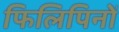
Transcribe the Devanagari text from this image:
फिलिपिनों